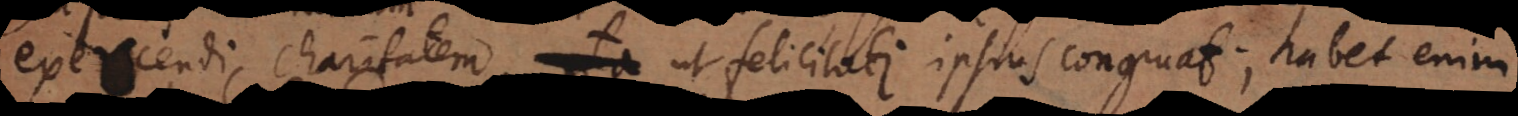
exercendi charitatem, ut felicitati ipsius congruat; habet enim